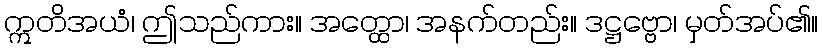
ဣတိအယံ၊ ဤသည်ကား။ အတ္ထော၊ အနက်တည်း။ ဒဋ္ဌဗ္ဗော၊ မှတ်အပ်၏။